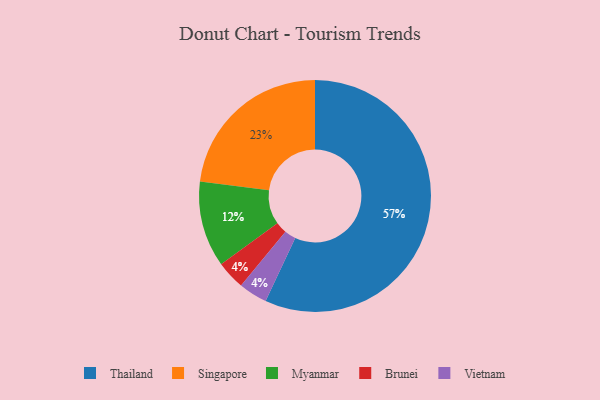
{"axis": {"x": "Category", "y": "Percentage"}, "legend": ["Brunei", "Myanmar", "Singapore", "Thailand", "Vietnam"], "data": [{"x": "Thailand", "y": 57, "type": "Thailand"}, {"x": "Singapore", "y": 23, "type": "Singapore"}, {"x": "Brunei", "y": 4, "type": "Brunei"}, {"x": "Vietnam", "y": 4, "type": "Vietnam"}, {"x": "Myanmar", "y": 12, "type": "Myanmar"}]}